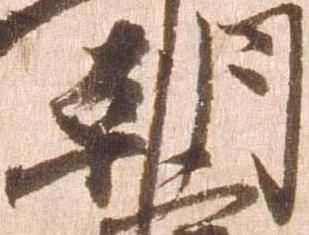
朝